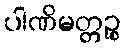
ပါဏိမတ္တဉ္စ